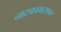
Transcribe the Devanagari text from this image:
नाट्यप्रवासावर